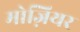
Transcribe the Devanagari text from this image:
मोज़ियर